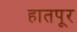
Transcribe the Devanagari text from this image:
हातपूर